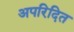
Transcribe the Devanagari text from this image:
अपरिदित